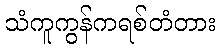
သံကူကွန်ကရစ်တံတား